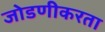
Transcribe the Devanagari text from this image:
जोडणीकरता